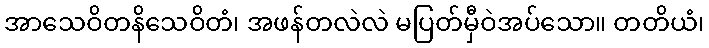
အာသေဝိတနိသေဝိတံ၊ အဖန်တလဲလဲ မပြတ်မှီဝဲအပ်သော။ တတိယံ၊